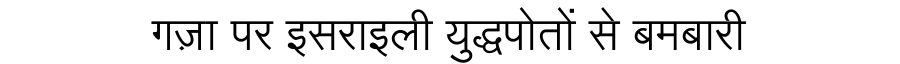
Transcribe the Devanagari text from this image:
गज़ा पर इसराइली युद्धपोतों से बमबारी